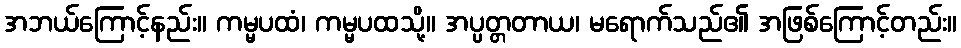
အဘယ်ကြောင့်နည်း။ ကမ္မပထံ၊ ကမ္မပထသို့။ အပ္ပတ္တတာယ၊ မရောက်သည်၏ အဖြစ်ကြောင့်တည်း။